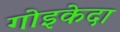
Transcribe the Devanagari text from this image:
गोइकेदा